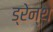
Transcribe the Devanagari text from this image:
ड्रेन्थ